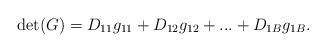
LaTeX: \begin{align*}\det (G) = {D_{11}}{g_{11}} + {D_{12}}{g_{12}} + ... + {D_{1B}}{g_{1B}}.\end{align*}